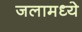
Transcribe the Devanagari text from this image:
जलामध्ये